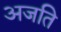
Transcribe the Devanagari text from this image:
अजति